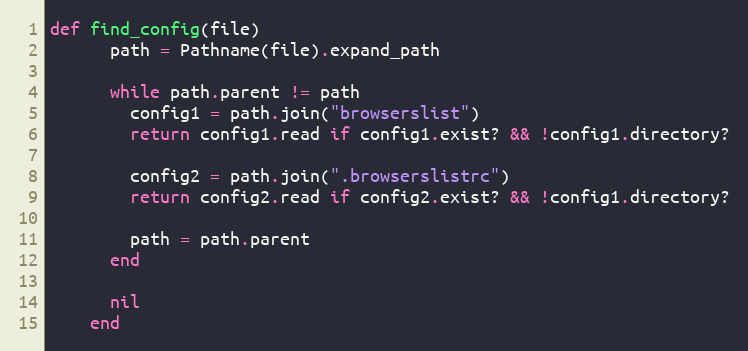
Language: Ruby
def find_config(file)
      path = Pathname(file).expand_path

      while path.parent != path
        config1 = path.join("browserslist")
        return config1.read if config1.exist? && !config1.directory?

        config2 = path.join(".browserslistrc")
        return config2.read if config2.exist? && !config1.directory?

        path = path.parent
      end

      nil
    end